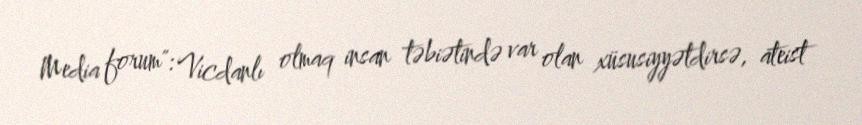
Media forum": Vicdanlı olmaq insan təbiətində var olan xüsusiyyətdirsə, ateist